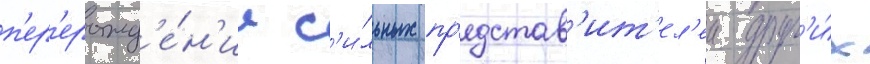
п'ер'ерожд'е́н'ие с'и́льных пр'едстав'ит'ел'еи друг'и́х